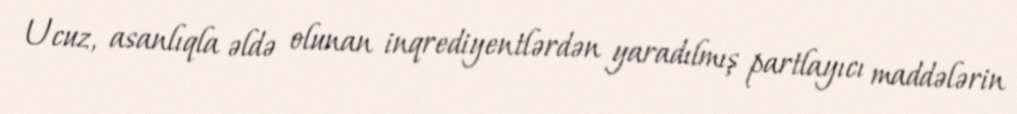
Ucuz, asanlıqla əldə olunan inqrediyentlərdən yaradılmış partlayıcı maddələrin